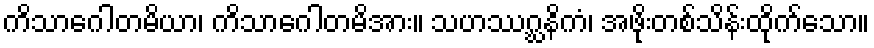
ကိသာဂေါတမိယာ၊ ကိသာဂေါတမိအား။ သဟဿဂ္ဃနိကံ၊ အဖိုးတစ်သိန်းထိုက်သော။